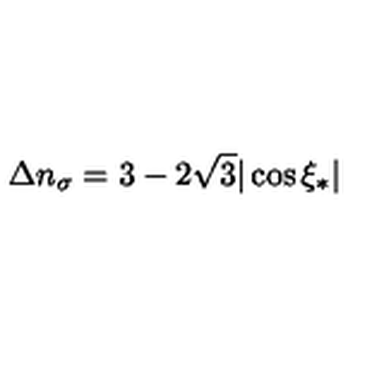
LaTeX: \Delta n _ { \sigma } = 3 - 2 \sqrt { 3 } | \cos \xi _ { * } |